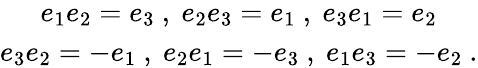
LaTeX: \begin{array}{c}{{e_{1}e_{2}=e_{3}\ ,\ e_{2}e_{3}=e_{1}\ ,\ e_{3}e_{1}=e_{2}}}\\ {{e_{3}e_{2}=-e_{1}\ ,\ e_{2}e_{1}=-e_{3}\ ,\ e_{1}e_{3}=-e_{2}\ .}}\end{array}